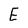
Character: E